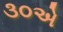
૩૦એ